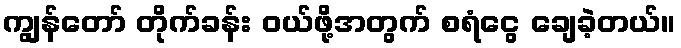
ကျွန်တော် တိုက်ခန်း ဝယ်ဖို့အတွက် စရံငွေ ချေခဲ့တယ်။